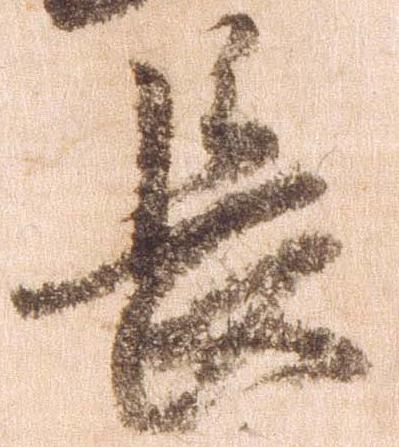
長